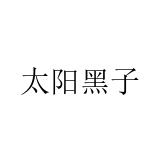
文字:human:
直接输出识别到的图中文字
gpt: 太阳黑子